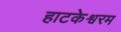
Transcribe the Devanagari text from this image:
हाटकेश्वरम